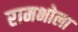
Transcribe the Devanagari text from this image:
रामभोला